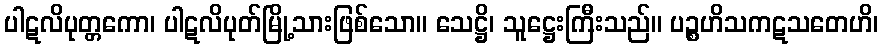
ပါဋလိပုတ္တကော၊ ပါဋလိပုတ်မြို့သားဖြစ်သော။ သေဋ္ဌိ၊ သူဋ္ဌေးကြီးသည်။ ပဉ္စဟိသကဋသတေဟိ၊